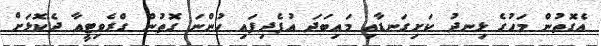
އެގޮތުން މަހުގެ ޅިނދު ކަށިގަނޑާއި މައިބަދަ އުފެދިފައި ހުންނަ ގޮތުން ގްރެވިޓީއާ ދެކޮޅަށް